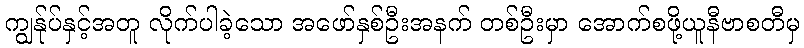
ကျွန်ုပ်နှင့်အတူ လိုက်ပါခဲ့သော အဖော်နှစ်ဦးအနက် တစ်ဦးမှာ အောက်စဖို့ယူနီဗာစတီမှ